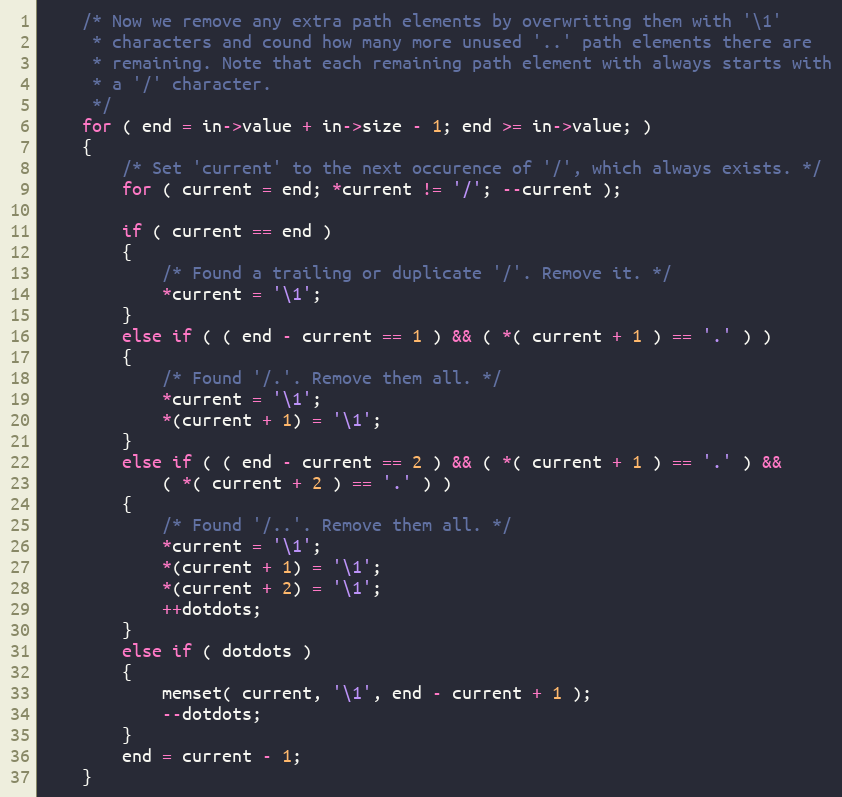
Language: C
    /* Now we remove any extra path elements by overwriting them with '\1'
     * characters and cound how many more unused '..' path elements there are
     * remaining. Note that each remaining path element with always starts with
     * a '/' character.
     */
    for ( end = in->value + in->size - 1; end >= in->value; )
    {
        /* Set 'current' to the next occurence of '/', which always exists. */
        for ( current = end; *current != '/'; --current );

        if ( current == end )
        {
            /* Found a trailing or duplicate '/'. Remove it. */
            *current = '\1';
        }
        else if ( ( end - current == 1 ) && ( *( current + 1 ) == '.' ) )
        {
            /* Found '/.'. Remove them all. */
            *current = '\1';
            *(current + 1) = '\1';
        }
        else if ( ( end - current == 2 ) && ( *( current + 1 ) == '.' ) &&
            ( *( current + 2 ) == '.' ) )
        {
            /* Found '/..'. Remove them all. */
            *current = '\1';
            *(current + 1) = '\1';
            *(current + 2) = '\1';
            ++dotdots;
        }
        else if ( dotdots )
        {
            memset( current, '\1', end - current + 1 );
            --dotdots;
        }
        end = current - 1;
    }